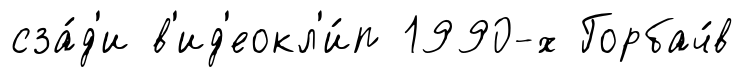
сза́д'и в'ид'еокл'и́п 1990-х Горбач́в